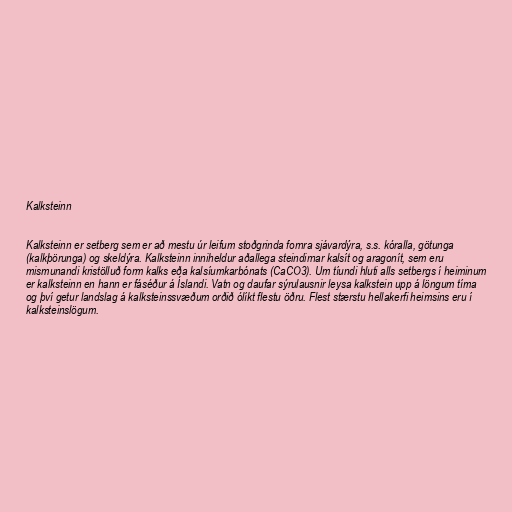
Kalksteinn

Kalksteinn er setberg sem er að mestu úr leifum stoðgrinda fornra sjávardýra, s.s. kóralla, götunga
(kalkþörunga) og skeldýra. Kalksteinn inniheldur aðallega steindirnar kalsít og aragonít, sem eru
mismunandi kristölluð form kalks eða kalsíumkarbónats (CaCO3). Um tíundi hluti alls setbergs í heiminum
er kalksteinn en hann er fáséður á Íslandi. Vatn og daufar sýrulausnir leysa kalkstein upp á löngum tíma
og því getur landslag á kalksteinssvæðum orðið ólíkt flestu öðru. Flest stærstu hellakerfi heimsins eru í
kalksteinslögum.